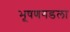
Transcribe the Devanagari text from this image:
भूषणगडला